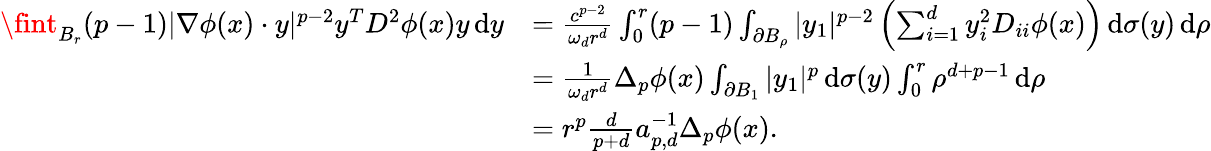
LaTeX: \begin{array}{rl}{\fint_{B_{r}}(p-1)|\nabla\phi(x)\cdot y|^{p-2}y^{T}D^{2}\phi(x)y\, \mathrm{d}y}&{=\frac{c^{p-2}}{\omega_{d}r^{d}}\int_{0}^{r}(p-1)\int_{\partial B_{\rho}}|y_{1}|^{p-2}\left(\sum_{i=1}^{d}y_{i}^{2}D_{ii}\phi(x)\right)\, \mathrm{d}\sigma(y)\, \mathrm{d}\rho}\\ &{=\frac{1}{\omega_{d}r^{d}}\Delta_{p}\phi(x)\int_{\partial B_{1}}|y_{1}|^{p}\, \mathrm{d}\sigma(y)\int_{0}^{r}\rho^{d+p-1}\, \mathrm{d}\rho}\\ &{=r^{p}\frac{d}{p+d}a_{p,d}^{-1}\Delta_{p}\phi(x).}\end{array}